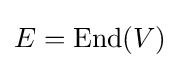
E=\operatorname {End} (V)